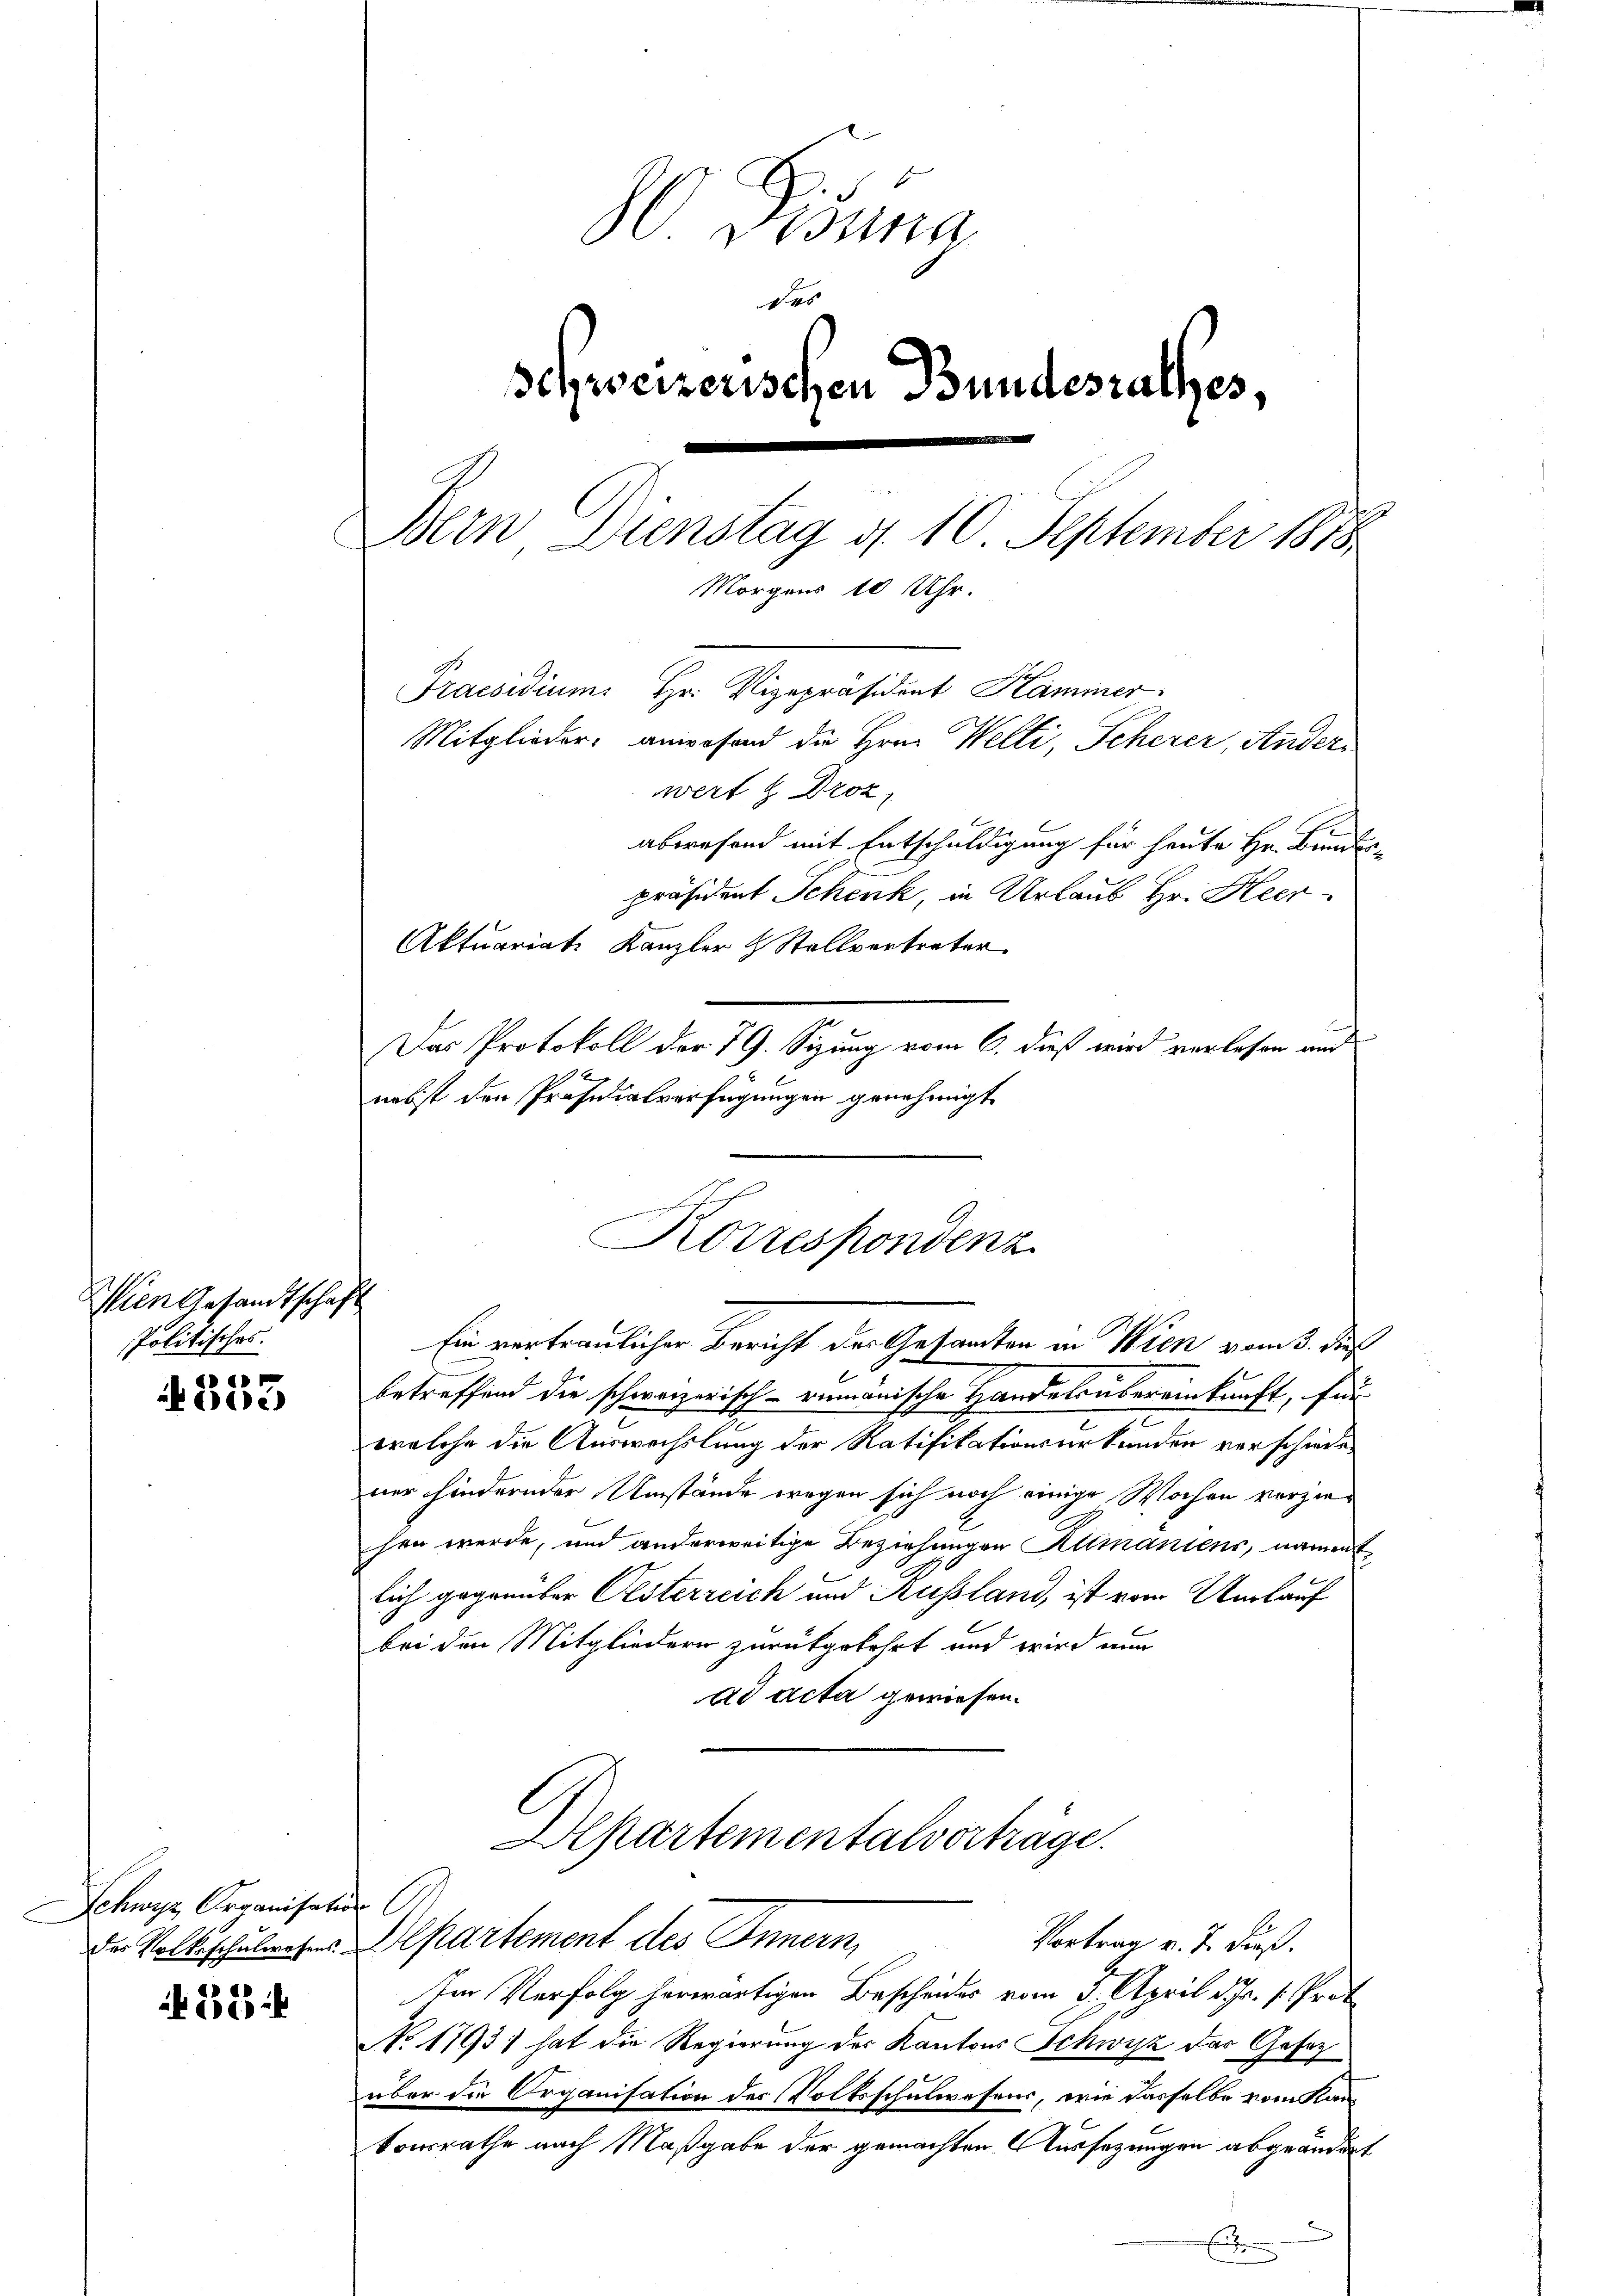
Wien Gesandtschaft
Politisches.

«
G)

if. 82 f

Schwyz, Organisation.

S. Tibuna
des
schweizerischen Bundesrathes,
Bern Dienstag d. 10 September 1818.
Morgens 10 Uhr.
Praesidium. Hr. Vizepräsident Hammer.
Mitglieder, anwesend die Hrn. Welti, Scherer, Anders
wert u. Droz
aberesend mit Entschuldigung für heute Hr. Binne

präsident Schenk, in Urlaub Hr. Heer
Aktuariat Kanzler & Stellvertreter.
Das Protokoll der 79. Sizung vom 6. dieß wird verlesen und
nebst den Präsidialverfügungen genehmigt
Ein vertraulicher Bericht der Gesandten in Wien vom 3. des
betreffend die schweizerisch-romanische Handelsübereinkunft, für
welche die Auswechslung der Ratifikationsurkunden verschieden
ner hindernder Umstände wegen sich noch einige Wochen vorziehen werde, und anderweitige Beziehungen Klimaniens, nament
lich gegenüber Oesterreich und Aussland, ist vom Umlauf
bei den Mitgliedern zurückgekehrt und wird nun
ad acta gewiesen.
Alpartementalverträge.
Vortrag v. J. dieß.
Die Volksschulwesens Departement des Innern,
Im Verfolg herwärtigen Bescheides vom 5. April d. J. 1. Prot
No 1793) hat die Regierung des Kantons Schwyz das Gesetz
über die Organisation des Volksschulwesens, wie dasselbe vom Kankonsrathe nach Maßgabe der gemachten Aussezungen abgeändert
.

Korrespondenz